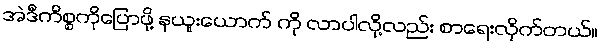
အဲဒီကိစ္စကိုပြောဖို့ နယူးယောက် ကို လာပါလို့လည်း စာရေးလိုက်တယ်။